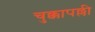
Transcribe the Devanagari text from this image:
चुक्कापल्ली